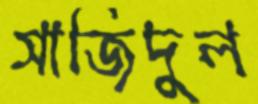
সাজিদুল